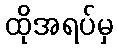
ထိုအရပ်မှ